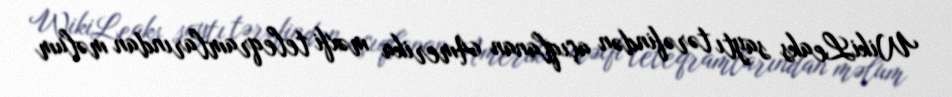
WikiLeaks saytı tərəfindən açıqlanan Amerika məxfi teleqramlarından məlum